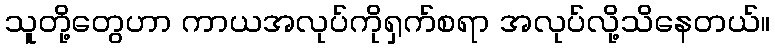
သူတို့တွေဟာ ကာယအလုပ်ကိုရှက်စရာ အလုပ်လို့သိနေတယ်။